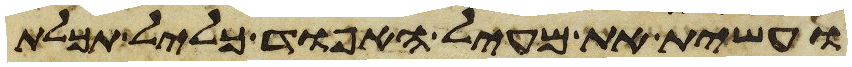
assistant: ועשית את מעיל האפוד כליל תכלת